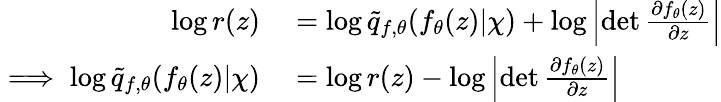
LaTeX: \begin{array}{rl}{\log r(z)}&{{}=\log\tilde{q}_{f,\theta}(f_{\theta}(z)|\chi)+\log\left|\operatorname*{det}\frac{\partial f_{\theta}(z)}{\partial z}\right|}\\ {\implies\log\tilde{q}_{f,\theta}(f_{\theta}(z)|\chi)}&{{}=\log r(z)-\log\left|\operatorname*{det}\frac{\partial f_{\theta}(z)}{\partial z}\right|}\end{array}